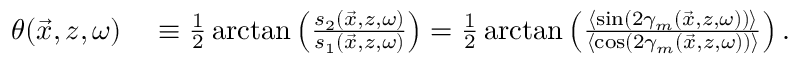
\begin{array} { r l } { \theta ( \vec { x } , z , \omega ) } & { { } \equiv \frac { 1 } { 2 } \arctan \left( \frac { s _ { 2 } ( \vec { x } , z , \omega ) } { s _ { 1 } ( \vec { x } , z , \omega ) } \right) = \frac { 1 } { 2 } \arctan \left( \frac { \langle \sin ( 2 \gamma _ { m } ( \vec { x } , z , \omega ) ) \rangle } { \langle \cos ( 2 \gamma _ { m } ( \vec { x } , z , \omega ) ) \rangle } \right) . } \end{array}